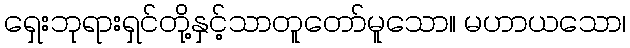
ရှေးဘုရားရှင်တို့နှင့်သာတူတော်မူသော။ မဟာယသော၊